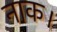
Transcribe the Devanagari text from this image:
नाक।